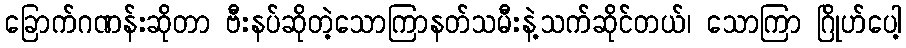
ခြောက်ဂဏန်းဆိုတာ ဗီးနပ်ဆိုတဲ့သောကြာနတ်သမီးနဲ့သက်ဆိုင်တယ်၊ သောကြာ ဂြိုဟ်ပေါ့